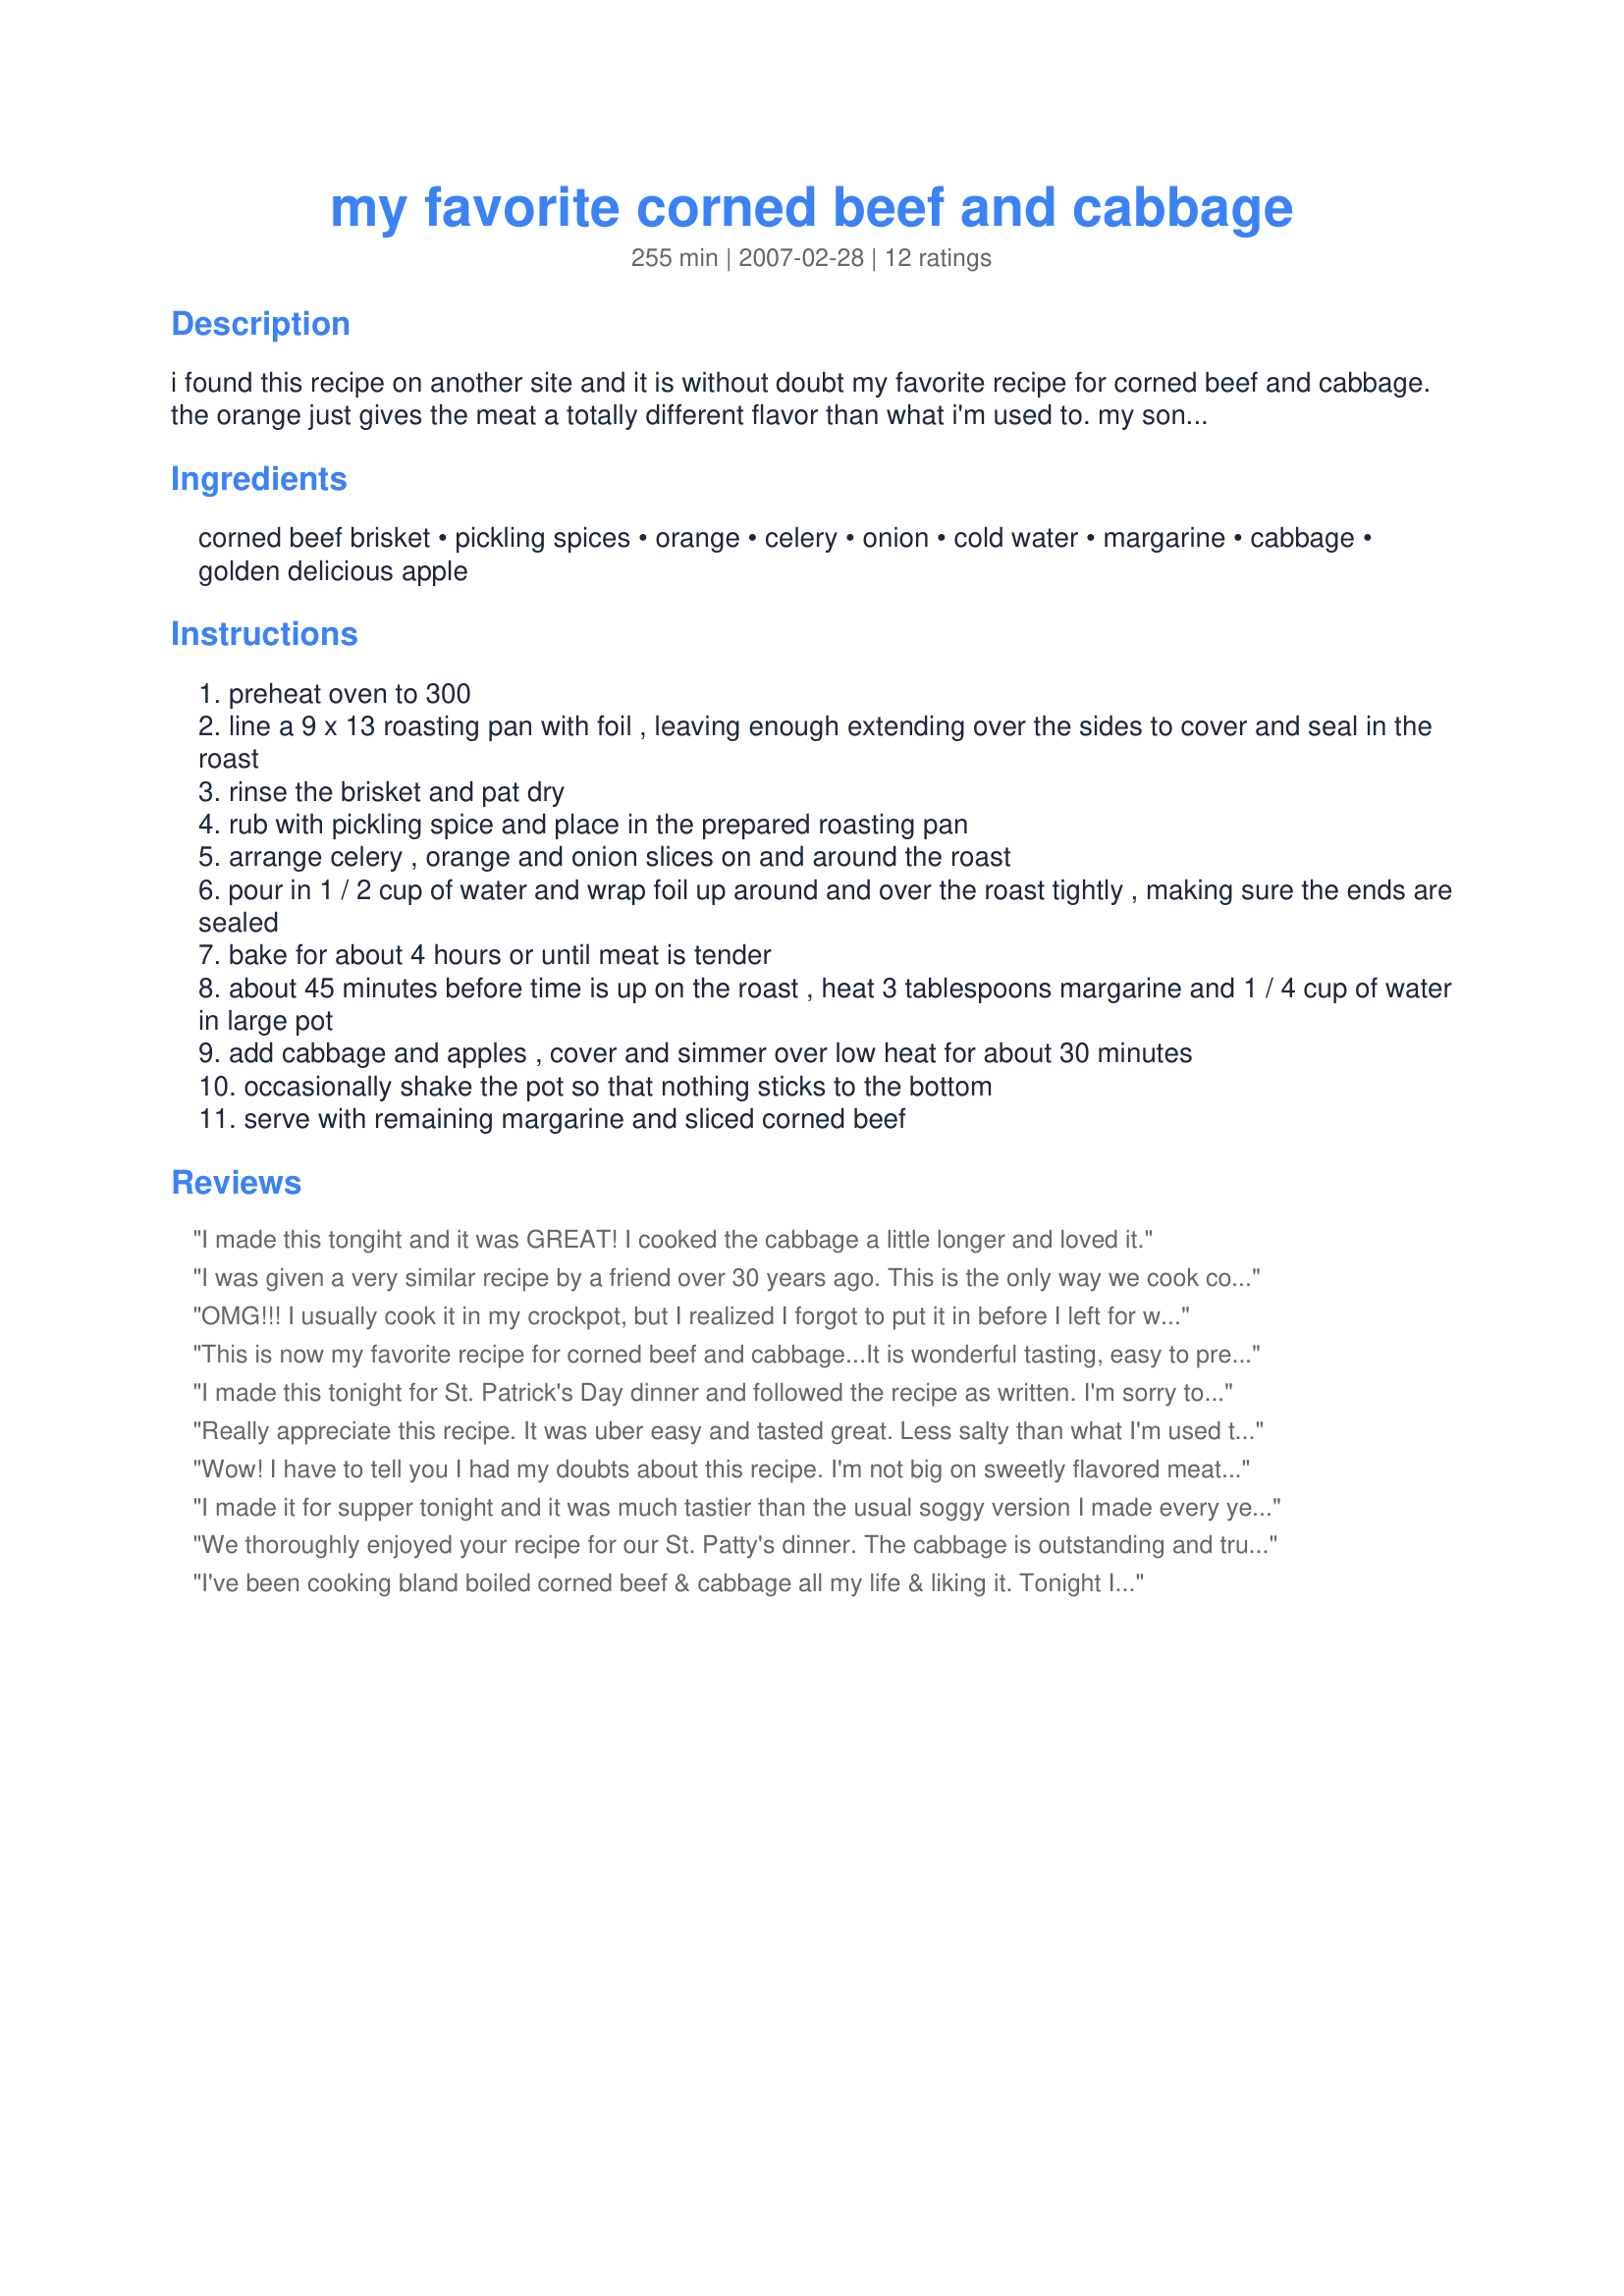
my favorite corned beef and cabbage
Preparation time: 255 minutes

i found this recipe on another site and it is without doubt my favorite recipe for corned beef and cabbage. the orange just gives the meat a totally different flavor than what i'm used to. my son-in-law who also loves cabbage said this is the best cabbage, bar none, that he has ever tasted.

i have also made the corned beef in a crock pot, cooking for 7 to 8 hours on low.

Ingredients:
corned beef brisket, pickling spices, orange, celery, onion, cold water, margarine, cabbage, golden delicious apple

Steps:
preheat oven to 300
line a 9 x 13 roasting pan with foil , leaving enough extending over the sides to cover and seal in the roast
rinse the brisket and pat dry
rub with pickling spice and place in the prepared roasting pan
arrange celery , orange and onion slices on and around the roast
pour in 1 / 2 cup of water and wrap foil up around and over the roast tightly , making sure the ends are sealed
bake for about 4 hours or until meat is tender
about 45 minutes before time is up on the roast , heat 3 tablespoons margarine and 1 / 4 cup of water in large pot
add cabbage and apples , cover and simmer over low heat for about 30 minutes
occasionally shake the pot so that nothing sticks to the bottom
serve with remaining margarine and sliced corned beef

Reviews:
I made this tongiht and it was GREAT! I cooked the cabbage a little longer and loved it.
I was given a very similar recipe by a friend over 30 years ago. This is the only way we cook corned beef now. It is delicious
OMG!!! I usually cook it in my crockpot, but I realized I forgot to put it in before I left for work. I was looking for a recipe that wouldn't need to be in the crockpot and take 8 hours. So....I tried this one! I don't think I will ever cook it in the crockpot again! It was so yummy AND tender....it just fell apart! I really liked the flavor of the oranges also! Nice change!!

Thanks again!
This is now my favorite recipe for corned beef and cabbage...It is wonderful tasting, easy to prepare, and a definite crowd pleaser! I usually only make corned beef and cabbage once a year, for Saint Patricks day! After having this for dinner my family has requested it more often!
I made this tonight for St. Patrick's Day dinner and followed the recipe as written. I'm sorry to write that no one in my family liked this recipe. I will not be making it again.
Really appreciate this recipe. It was uber easy and tasted great. Less salty than what I'm used to which was wonderful. Not sure if that's the orange at work or what. Thanks!
Wow! I have to tell you I had my doubts about this recipe. I'm not big on sweetly flavored meats but this wasn't that way at all. I baked my 3lb brisket @325Â° for 2 3/4hrs. otherwise following the recipe as written, including the cabbage. Next time I'll try the full 4 hours even for the smaller cut just to see if it would get even more tender. What an outstanding way to prepare the cabbage. We'll definitely be having that again and soon. Thanks, Mary. This one's a keeper.
I made it for supper tonight and it was much tastier than the usual soggy version I made every year. I put it together in the morning, then left the easy instructions for my teenage son to finish and I went to the opera. When I got home, supper was ready and waiting. We served it with slices of a thick German country bread and butter (Beckman's). The oranges enhanced the flavor the beef and I was pleasantly surprised to see that even with four hours in the oven, it didn't dry out. The only think differently we did was substitute butter for the margarine. 
Thank you for sharing this great recipe! I will definitely make it again.
We thoroughly enjoyed your recipe for our St. Patty's dinner. The cabbage is outstanding and truly made this dish. I used a small head of cabbage and a 3 1/2 pound Corned Beef and followed your same instructions for the larger piece of meat. Thanks, Mary K. W. for posting.. A definite keeper!
I've been cooking bland boiled corned beef & cabbage all my life & liking it. Tonight I wanted to kick it up a notch and your recipe was incredible. DH was at the local VFW where they were serving the usual boiled fare for $8 a plate. When he came home to my St. Patty's dinner I only charged him $7.50 & he's still raving. I cooked potatos and added them to the cabbage & apples at the end, then drizzled the meat juices over them before serving. Thank you so much.
This made a delightful St. Patrick's day lunch for 8 of my lucky family members. My mom & dad were lucky enough to take home the leftovers. I made this the night before so I could serve it the following day at my Grandmother's house without having to cook it in the oven for 4 hours. She suggested I slice it while it was cold and then put the slices together in the roasting pan and reheat in 350F oven for about 20 minutes. This worked really well since hot corned beef easily shreds when you cut it. We just cooked the cabbage at her house too, which made lunch indredibly easily. Thank you Mary K.W. on behalf of my family!
I love it!!! I have been doing mine in the crockpot or stovetop for 30 years, but this was truly the best.
